Lunatic asylums Central Provinces reports 1895-1909 - 1895-1909
Year: 1895
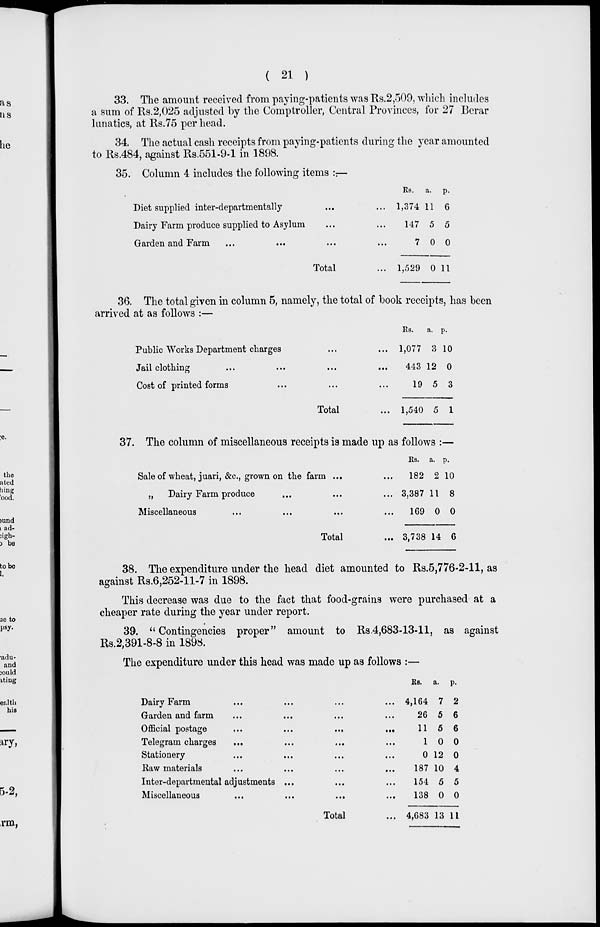
( 21 )
33. The amount received from paying-patients was Rs.2,509, which includes
a sum of Rs.2,025 adjusted by the Comptroller, Central Provinces, for 27 Berar
lunatics, at Rs.75 per head.
34. The actual cash receipts from paying-patients during the year amounted
to Rs.484, against Rs.551-9-1 in 1898.
35. Column 4 includes the following items :—
Diet supplied inter-departmentally ... ...
Dairy Farm produce supplied to Asylum ... ...
Garden and Farm ... ... ... ...
Total ...
Rs.
1,374
147
7
1,529
a.
11
5
0
0
p.
6
5
0
11
36. The total given in column 5, namely, the total of book receipts, has been
arrived at as follows :—
Public Works Department charges ... ...
Jail clothing
...
...
...
...
Cost of printed forms ... ... ...
Total ...
Rs.
1,077
443
19
1,540
a.
3
12
5
5
p.
10
0
3
1
37. The column of miscellaneous receipts is made up as follows :—
Sale of wheat, juari, &c., grown on the farm ... ...
„
Dairy Farm produce ... ... ...
Miscellaneous ... ... ... ...
Total ...
Rs.
182
3,387
169
3,738
a.
2
11
0
14
p.
10
8
0
6
38. The expenditure under the head diet amounted to Rs.5,776-2-11, as
against Rs.6,252-11-7 in 1898.
This decrease was due to the fact that food-grains were purchased at a
cheaper rate during the year under report.
39. " Contingencies proper" amount to Rs.4,683-13-11, as against
Rs.2,391-8-8 in 1898.
The expenditure under this head was made up as follows :—
Dairy Farm ... ... ... ...
Garden and farm ... ... ... ...
Official postage
...
...
...
...
Telegram charges ... ... ... ...
Stationery ... ... ... ...
Raw materials ... ... ... ...
Inter-departmental adjustments ... ... ...
Miscellaneous ... ... ... ...
Total ...
Rs.
4,164
26
11
1
0
187
154
138
4,683
a.
7
5
5
0
12
10
5
0
13
p.
2
6
6
0
0
4
5
0
11